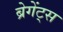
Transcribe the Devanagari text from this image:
ब्रेगेंट्स